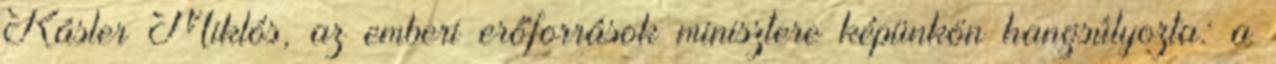
Kásler Miklós, az emberi erőforrások minisztere képünkön hangsúlyozta: a